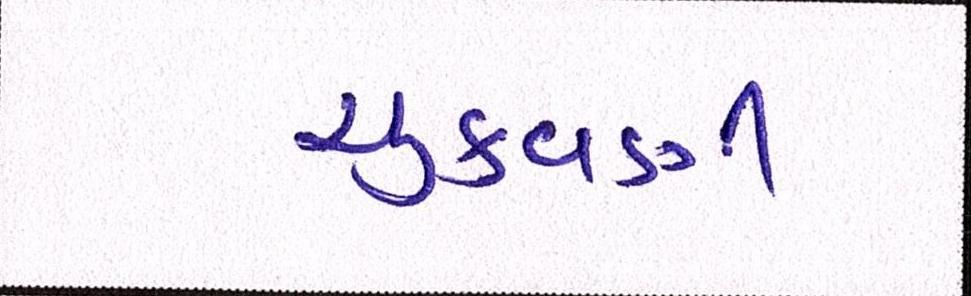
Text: ચુકવણી